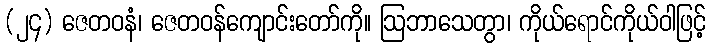
(၂၄) ဇေတဝနံ၊ ဇေတဝန်ကျောင်းတော်ကို။ ဩဘာသေတွာ၊ ကိုယ်ရောင်ကိုယ်ဝါဖြင့်